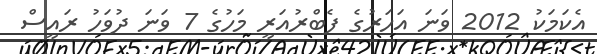
އެކަމަކު 2012 ވަނަ އަހަރުގެ ފެބްރުއަރީ މަހުގެ 7 ވަނަ ދުވަހު ރައީސް